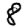
Digit: 8